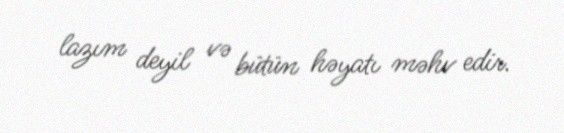
lazım deyil və bütün həyatı məhv edir.